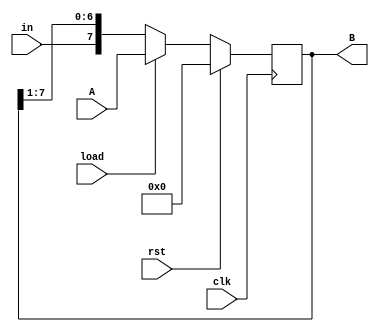
`timescale 1ns / 1ps
//////////////////////////////////////////////////////////////////////////////////
//19CS10071 (Anurat Bhattacharya)  19CS10060 (Sunanda Mandal) 
// 
// Design Name: 
// Module Name:    Reg8 
// Project Name: 
// Target Devices: 
// Tool versions: 
// Description: 
//
// Dependencies: 
//
// Revision: 
// Revision 0.01 - File Created
// Additional Comments: 
//
//////////////////////////////////////////////////////////////////////////////////
module Reg8(A,in,load,clk,rst,B
    );
	input [7:0] A;  //for parallel loading
	
	input in;      //series input 
	input load;    // switch between parallel load vs shify
	input clk;     //clock
	input rst;    //for resetting all to 0
	output reg [7:0] B;//for storing the intermidiate bits
	always @(posedge clk)
		begin
		if(rst)
			B <= 7'b0;
		else if(load)
			B <= A;
		else
			B <={in,B[7:1]};
		end

endmodule